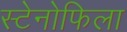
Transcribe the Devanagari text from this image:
स्टेनोफिला